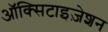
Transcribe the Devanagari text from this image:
ऑक्सिटाइज़ेशन